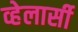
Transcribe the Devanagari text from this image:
व्हेलार्सी